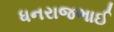
ધનરાજભાઈ